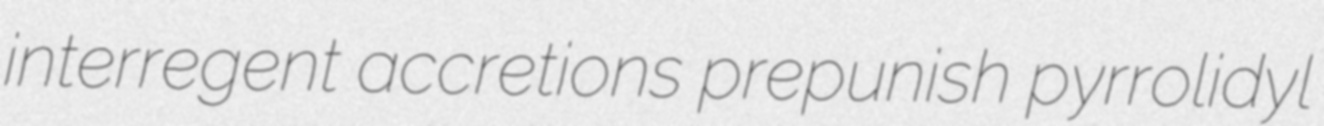
interregent accretions prepunish pyrrolidyl